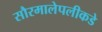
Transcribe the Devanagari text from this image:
सौरमालेपलीकडे